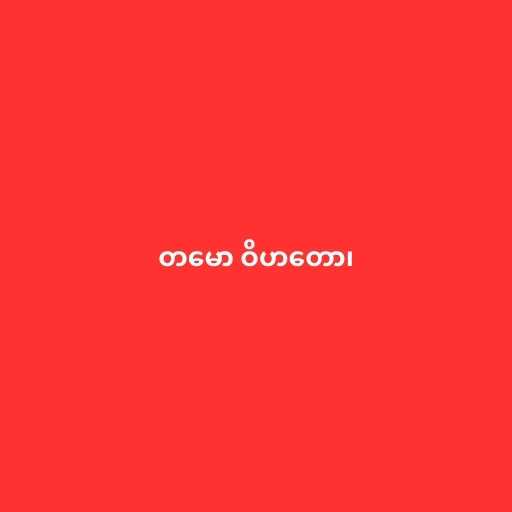
တမော ဝိဟတော၊